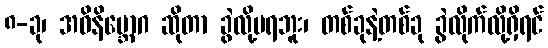
၈-ခု၊ အဝိနိဗ္ဘောဂ ဆိုတာ ခွဲလို့မရဘူး၊ တစ်ခုနဲ့တစ်ခု ခွဲလိုက်လို့ရှိရင်